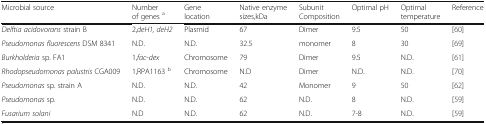
<table><thead><tr><td><b>Microbial source</b></td><td><b>Number of genes <sup>a</sup></b></td><td><b>Gene location</b></td><td><b>Native enzyme sizes,kDa</b></td><td><b>Subunit Composition</b></td><td><b>Optimal pH</b></td><td><b>Optimal temperature</b></td><td><b>Reference</b></td></tr></thead><tbody><tr><td><i>Delftia acidovorans</i> strain B</td><td>2,<i>deH1, deH2</i></td><td>Plasmid</td><td>67</td><td>Dimer</td><td>9.5</td><td>50</td><td>[60]</td></tr><tr><td><i>Pseudomonas fluorescens</i> DSM 8341</td><td>N.D.</td><td>N.D.</td><td>32.5</td><td>monomer</td><td>8</td><td>30</td><td>[69]</td></tr><tr><td><i>Burkholderia</i> sp. FA1</td><td>1,<i>fac-dex</i></td><td>Chromosome</td><td>79</td><td>Dimer</td><td>9.5</td><td>N.D.</td><td>[61]</td></tr><tr><td><i>Rhodopseudomonas palustris </i>CGA009</td><td>1,RPA1163 <sup>b</sup></td><td>Chromosome</td><td>N.D</td><td>Dimer</td><td>N.D.</td><td>N.D.</td><td>[70]</td></tr><tr><td><i>Pseudomonas</i> sp. strain A</td><td>N.D.</td><td>N.D.</td><td>42</td><td>Monomer</td><td>9</td><td>50</td><td>[62]</td></tr><tr><td><i>Pseudomonas</i> sp.</td><td>N.D.</td><td>N.D.</td><td>62</td><td>N.D.</td><td>8</td><td>N.D.</td><td>[59]</td></tr><tr><td><i>Fusarium solani</i></td><td>N.D</td><td>N.D.</td><td>62</td><td>N.D.</td><td>7-8</td><td>N.D.</td><td>[59]</td></tr></tbody></table>